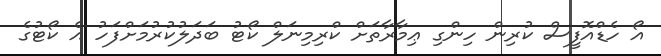
އޯ ހެޑްއޮފީސް ކުރިން ހިންގި ޢިމާރާތަށް ކްރިމިނަލް ކޯޓު ބަދަލުކުރުމަށްފަހު އެ ކޯޓުގެ